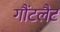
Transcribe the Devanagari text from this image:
गौंटलैट